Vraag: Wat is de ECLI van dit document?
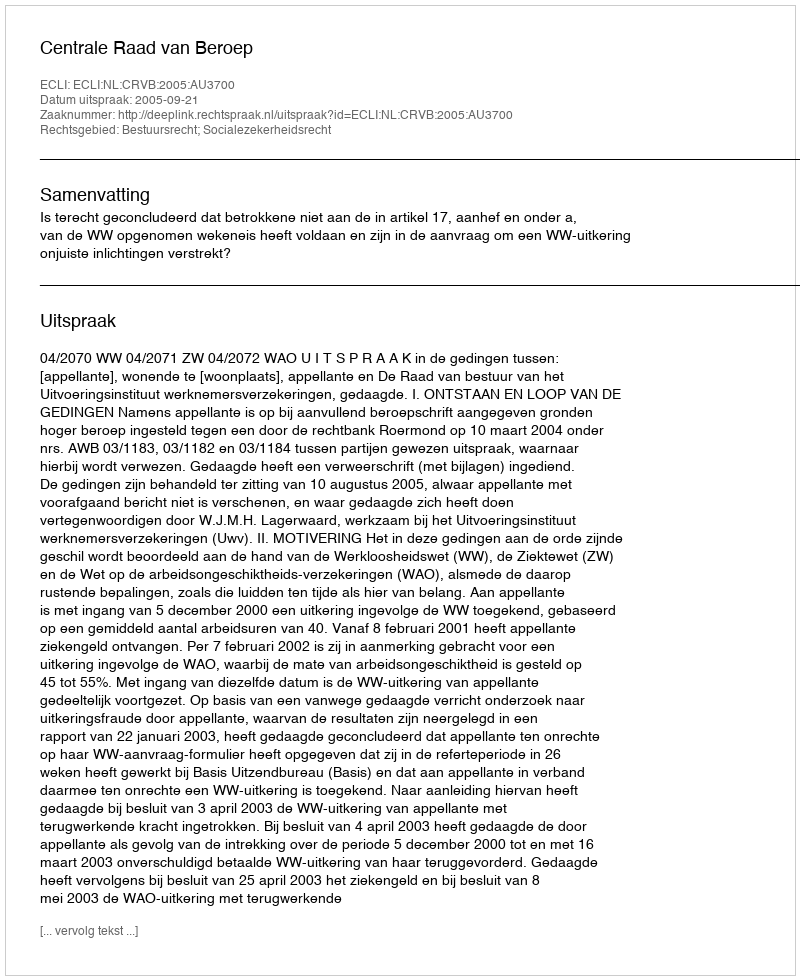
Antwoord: ECLI:NL:CRVB:2005:AU3700